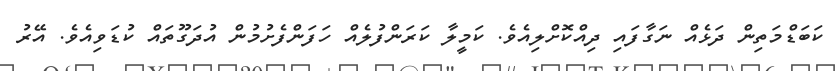
ކަބަޑްމަތިން ދަޅެއް ނަގާފައި ދިއްކޮށްލިއެވެ. ކަމީލާ ކަރަންފުލެއް ހަފަންފެށުމުން އުދަގޫތައް ކުޑަވިއެވެ. އޭރު